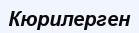
Кюрилерген